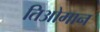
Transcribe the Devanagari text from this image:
तिओमान